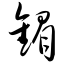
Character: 镅